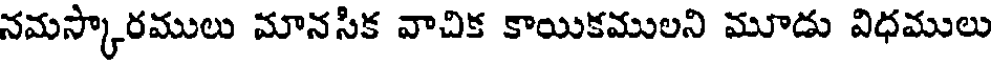
నమస్కారములు మానసిక వాచిక కాయికములని మూడు విధములు